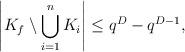
LaTeX: \begin{align*}\left| K_f \setminus \bigcup_{i=1}^{n} K_i \right| \leq q^{D} - q^{D-1},\end{align*}